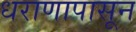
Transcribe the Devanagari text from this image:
धराणापासून